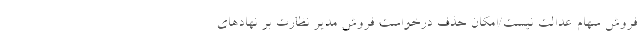
فروش سهام عدالت نیست/امکان حذف درخواست فروش مدیر نظارت بر نهادهای